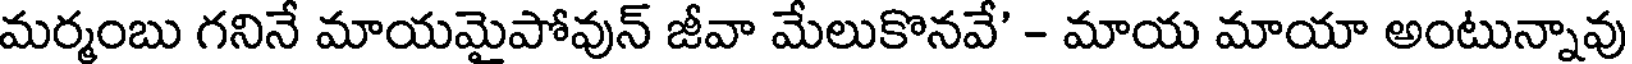
మర్మంబు గనినే మాయమైపోవున్ జీవా మేలుకొనవే' - మాయ మాయా అంటున్నావు